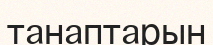
танаптарын